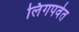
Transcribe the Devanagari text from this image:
लिंगपर्वत